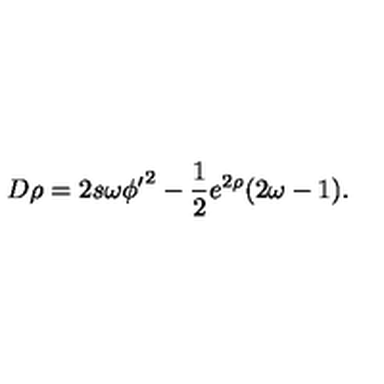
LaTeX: D \rho = 2 s \omega { \phi ^ { \prime } } ^ { 2 } - \frac 1 2 e ^ { 2 \rho } ( 2 \omega - 1 ) .